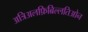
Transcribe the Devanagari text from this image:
अत्रिअलफ़िब्रिल्लतिओन